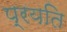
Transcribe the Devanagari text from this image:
प्रयति